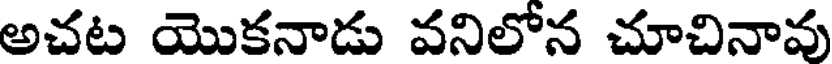
అచట యొకనాడు వనిలోన చూచినావు